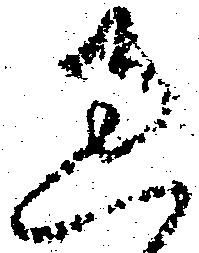
過